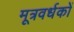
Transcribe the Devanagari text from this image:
मूत्रवर्धकों